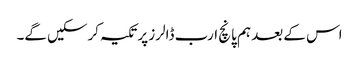
اس کے بعد ہم پانچ ارب ڈالرز پر تکیہ کرسکیں گے۔